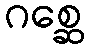
ဂစ္ဆေ